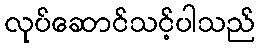
လုပ်ဆောင်သင့်ပါသည်